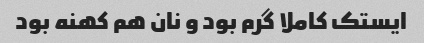
ایستک کاملا گرم بود و نان هم کهنه بود